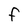
Character: F